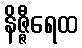
နိဇ္ဇီရေထ